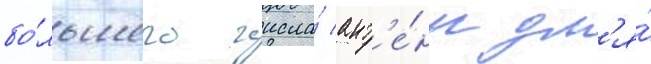
бо́льшего числа́ ант'е́нн дл'я́